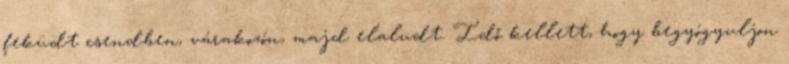
feküdt csendben, várakozón, majd elaludt. Idő kellett, hogy begyógyuljon